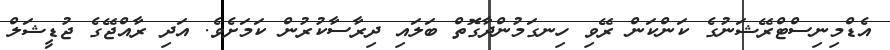
އެޑްމިނިސްޓްރޭޝަނުގެ ކަންކަން ރޭވި ހިނގަމުންދާގޮތް ބަލައި ދިރާސާކުރުން ކަމަށެވެ. އަދި ރާއްޖޭގެ ޖުޑީޝަލް